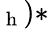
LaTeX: _{\mathrm{~h~}})\ast